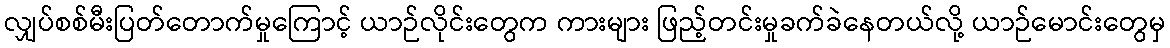
လျှပ်စစ်မီးပြတ်တောက်မှုကြောင့် ယာဉ်လိုင်းတွေက ကားများ ဖြည့်တင်းမှုခက်ခဲနေတယ်လို့ ယာဉ်မောင်းတွေမှ